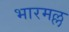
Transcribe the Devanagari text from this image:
भारमल्ल